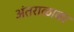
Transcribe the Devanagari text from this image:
अंतराळावर